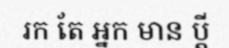
រក តែ អ្នក មាន ប្តី